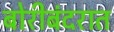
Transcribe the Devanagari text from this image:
बोरीबंदरात